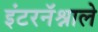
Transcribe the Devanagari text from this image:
इंटरनॅश्नाले